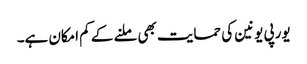
یورپی یونین کی حمایت بھی ملنے کے کم امکان ہے۔